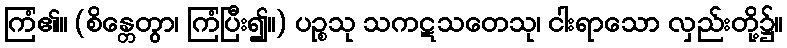
ကြံ၏။ (စိန္တေတွာ၊ ကြံပြီး၍။) ပဉ္စသု သကဋသတေသု၊ ငါးရာသော လှည်းတို့၌။